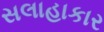
સલાહાકાર